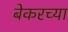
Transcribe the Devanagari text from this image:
बेकरच्या